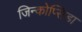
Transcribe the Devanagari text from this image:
जिन्कोप्सिडा